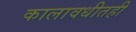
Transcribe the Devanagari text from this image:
कालावधीतही